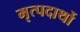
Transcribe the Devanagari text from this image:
मृत्पदार्थो